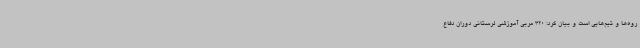
روه‌ها و تیم‌هایی است و بیان کرد: 320 مربی آموزشی لرستانی دوران دفاع